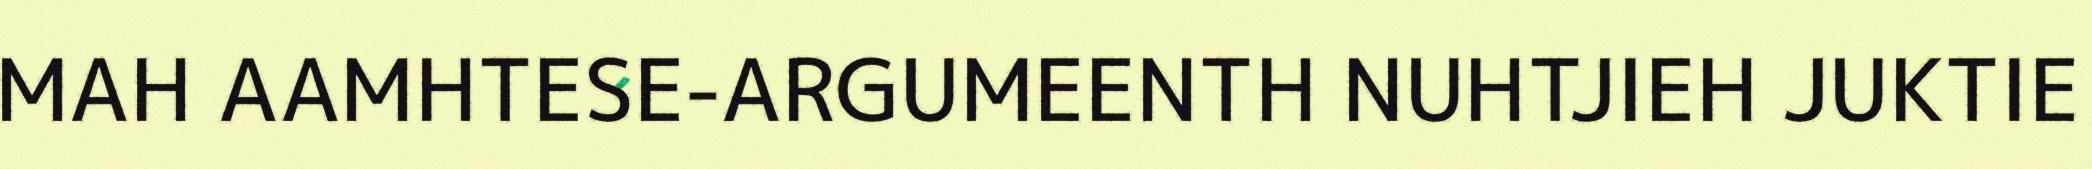
MAH AAMHTESE-ARGUMEENTH NUHTJIEH JUKTIE